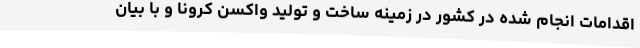
اقدامات انجام شده در کشور در زمینه ساخت و تولید واکسن کرونا و با بیان